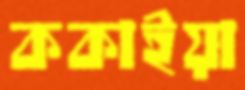
ককাইয়া